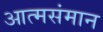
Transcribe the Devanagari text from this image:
आत्मसंमान